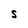
Character: S